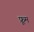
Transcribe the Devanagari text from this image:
फ्रूम